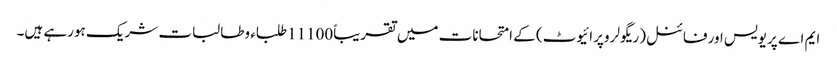
ایم اے پریویس اورفائنل(ریگولر وپرائیوٹ) کے امتحانات میں تقریباً11100طلباء وطالبات شریک ہورہے ہیں۔